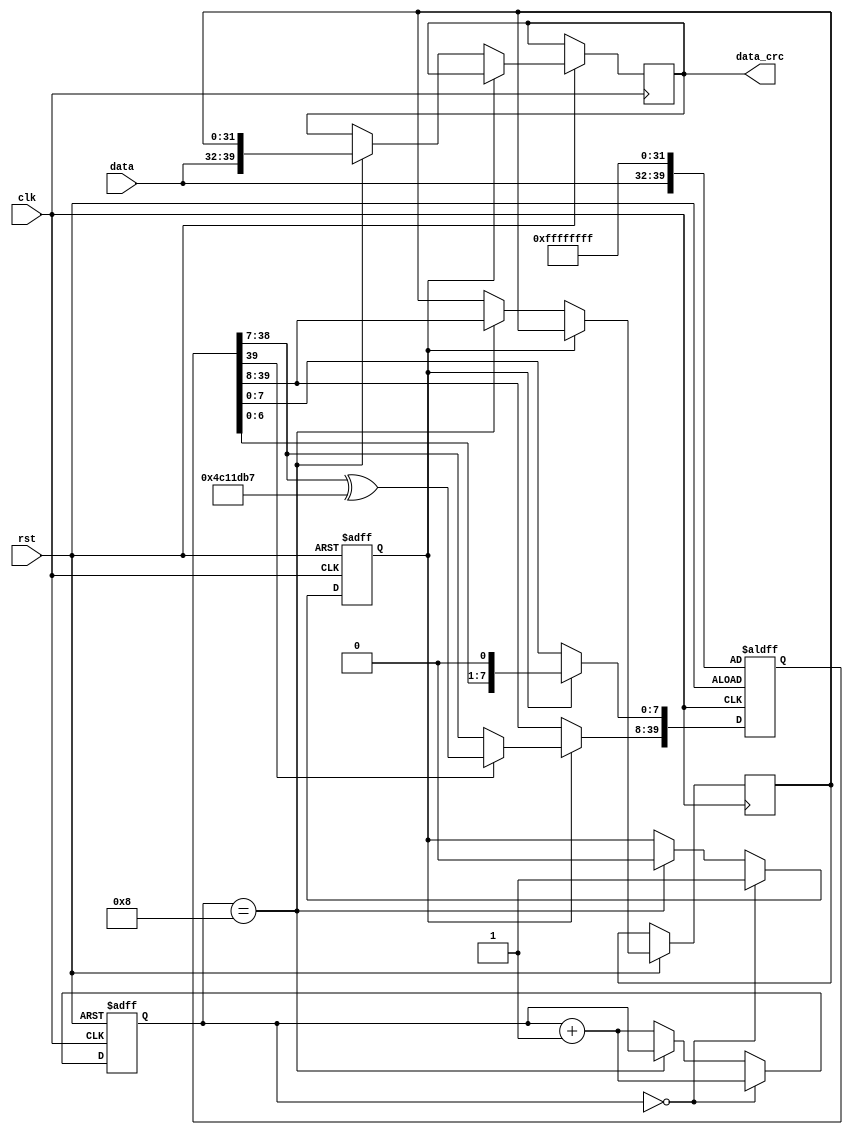
module CRC32_Check(data,rst,clk,data_crc);
input wire [7:0]data;
input rst;
input clk;
output reg [39:0]data_crc;
reg [39:0]crc_calc;

reg [31:0]crc_restnum;

parameter [32:0]crc_multi_item=33'b1_0000_0100_1100_0001_0001_1101_1011_0111;
reg work_flag;
reg [3:0]cnt;
always @(posedge clk or negedge rst)
	begin	
	if(!rst)
	begin
	cnt<=4'b0000;
	work_flag<=1'b0;
	end
	else if(cnt==4'h0)
		begin
		work_flag<=1'b1;//start work
		cnt<=cnt+1;
		end
	else if(cnt==4'h8)//cnt is one step earilier than calc taking action.
	work_flag<=1'b0;//stop work
	else 
	cnt<=cnt+1'b1;
	end

always @(posedge clk or negedge rst)
	begin
	if(!rst)
	begin
	crc_calc<={data[7:0],32'hFFFF_FFFF};
	end
	else if(work_flag)
	begin
		if(crc_calc[39]==1'b1)
		begin
		crc_calc[39:8]<=crc_calc[38:7]^crc_multi_item[31:0];
		crc_calc[7:0]<={crc_calc[6:0],1'b0};	
		end
		else //the last step doesn't need to be acted.
		crc_calc[39:0]<={crc_calc[38:0],1'b0};//move left
	end
	
	else if (cnt==4'h8)
	begin
	crc_restnum[31:0]<=crc_calc[39:8];
	data_crc[39:0]<={data[7:0],crc_restnum[31:0]};
	end

	end



endmodule